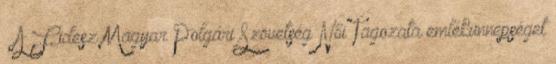
– A Fidesz Magyar Polgári Szövetség Női Tagozata emlékünnepséget